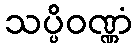
သပ္ပိဝဏ္ဏံ